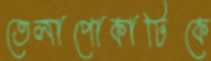
তেলাপোকাটিকে